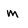
Character: m